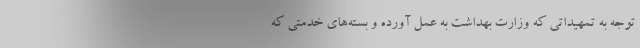
توجه به تمهیداتی که وزارت بهداشت به عمل آورده و بسته‌های خدمتی که